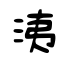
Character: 洟